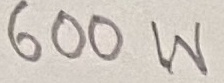
Text: 600W